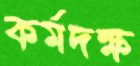
কর্মদক্ষ